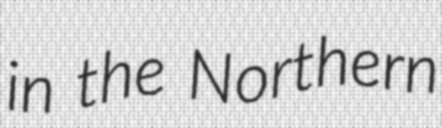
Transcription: in the Northern